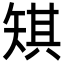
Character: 𪿋